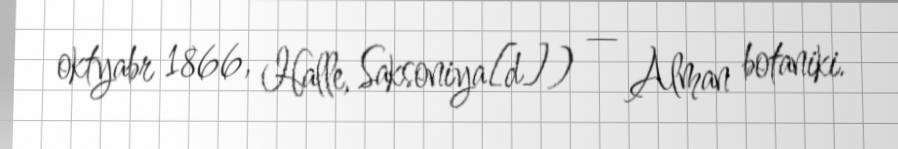
oktyabr 1866, Halle, Saksoniya[d]) — Alman botaniki.